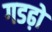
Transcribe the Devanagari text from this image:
गडढ़ो